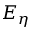
E _ { \eta }